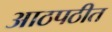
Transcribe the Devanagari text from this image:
आठपठीत